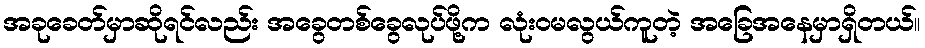
အခုခေတ်မှာဆိုရင်လည်း အခွေတစ်ခွေလုပ်ဖို့က လုံးဝမလွယ်ကူတဲ့ အခြေအနေမှာရှိတယ်။